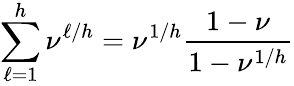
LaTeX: \sum_{\ell=1}^{h}\nu^{\ell/h}=\nu^{1/h}\frac{1-\nu}{1-\nu^{1/h}}